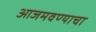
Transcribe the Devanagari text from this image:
आजमवण्याचा